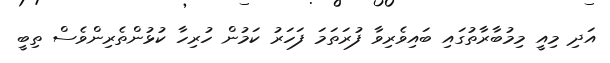
އަދި މިއީ މިމުބާރާތުގައި ބައިވެރިވާ ފުރަތަމަ ފަހަރު ކަމުން ހުރިހާ ކުޅުންތެރިންވެސް ތިބީ